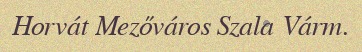
Horvát Mezőváros Szala Várm.